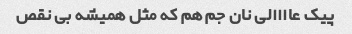
پیک عاااالی نان جم هم که مثل همیشه بی نقص